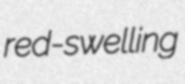
red-swelling